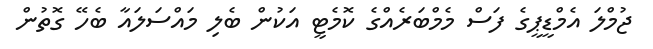
ޖުމްލަ އެމްޑީޕީގެ ފަސް މެމްބަރެއްގެ ކޮމެޓީ އަކުން ބެލި މައްސަލައާ ބެހޭ ގޮތުން